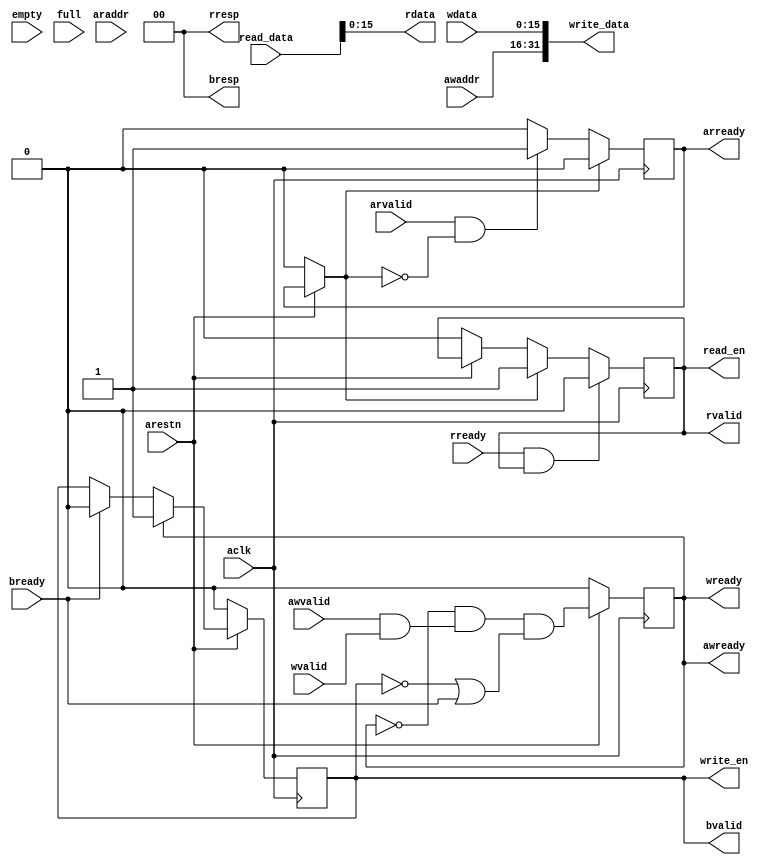
module axi4lite_slave(
    
    input wire aclk,
    input wire arestn,
    
    // read address channel
    input wire [DSIZE-1:0] araddr,
    input wire arvalid,
    output reg arready,

    // read data channel
    output wire [RSIZE-1:0] rdata,
    output wire [1:0] rresp,
    output reg rvalid,
    input wire rready,

    // write address channel
    input wire [RSIZE-1:0] awaddr,
    input wire awvalid,
    output reg awready,

    // write data channel
    input wire [RSIZE-1:0] wdata,
    input wire wvalid,
    output wire wready,

    // write response
    output wire [1:0] bresp,
    output reg bvalid, 
    input wire bready,
    
    // For fifo access
    output wire read_en,
    input wire [DSIZE-1:0] read_data,
    input wire empty,

    output wire write_en,
    output wire [DSIZE-1:0] write_data,
    input wire full

);

    parameter ADDRSIZE = 5;
    localparam RSIZE = 1<<ADDRSIZE-1;
    localparam DSIZE = 1<<ADDRSIZE;

    // rresp or bresp
    // 0b00 - OKAY
    // 0b01 - EXOKAY
    // 0b10 - SLVERR
    // 0b11 - DECERR

    /* Hanlding Write operation from Master

    - Master Puts data and address and asserts AWVALID, WVALID, BREADY
    - Slave asserts AWREADY and WRREADY when ready to accept. Master deasserts valid and ready on bothe address and data
    - ASsert BVALID 
    - Deassert both in BVALID and BREADY are high

    */

    /* Handling Read operation from Master

    - Read address, ARVALID, RREADY from master.
    - ARREADY by slave
    - ARVALID and ARREADY deasserted 
    - puts requested data on bus and RVALID
    - Since both RREADY and RVALID , deasserted

    */

    assign	reset = !arestn;
    assign	wready = awready;

    assign rresp = 2'b00;
    assign bresp = 2'b00;

    assign write_en = bvalid; 
    assign read_en = rvalid;

    initial	awready = 1'b0;
    initial	bvalid = 1'b0;
    initial rvalid = 1'b0;
    initial arready = 1'b0;

    assign write_data = {awaddr, wdata};
    assign rdata =  read_data;
    
    // assign arready = arvalid;

    // write operation
    always @ (posedge aclk)begin

        if(reset)
        begin
            bvalid <= 1'b0;
            // Clear FIFO
        end
        else if(wready)begin
            // write to FIFO        
            bvalid <= 1'b1;
        end
        else if(bready)//!bvalid
            bvalid <= 1'b0;
        
    end
    
    always @(posedge aclk)begin
        if(reset)
            awready <= 1'b0;
        else 
            awready <= !awready 
            && (awvalid && wvalid)
            && (!bvalid || bready);
    end


    // read operation 
    always@(posedge aclk)begin
        if (reset)begin
            arready =1'b0;
            rvalid <=1'b0; 
        end
        if (arvalid && !arready)
            arready <= 1'b1;
        if (arready)begin
            arready <= 1'b0;
            rvalid <=1'b1;
        end
        if (rready && rvalid)begin
            rvalid <= 1'b0;
        end
    end
    


/*
Instead of registers we are using fifo 
disregards address as reg address or fifo address. 
Can we use address to append to data and use the whole thing
to be stored in the fifo

Leaving strobe write out for this implementation

*/

endmodule